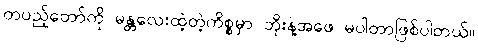
တပည့်တော်ကို မန္တလေးထဲ့တဲ့ကိစ္စမှာ ဘိုးနဲ့အဖေ မပါတာဖြစ်ပါတယ်။